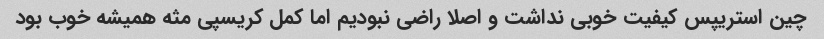
چین استریپس کیفیت خوبى نداشت و اصلا راضى نبودیم اما کمل کریسپى مثه همیشه خوب بود